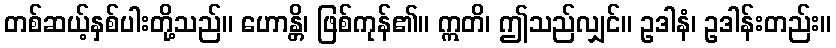
တစ်ဆယ့်နှစ်ပါးတို့သည်။ ဟောန္တိ၊ ဖြစ်ကုန်၏။ ဣတိ၊ ဤသည်လျှင်။ ဥဒါနံ၊ ဥဒါန်းတည်း။